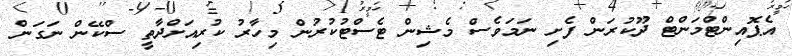
އެޕޮއިންޓްމަންޓް ދޫކުރަން ފެށި ނަމަވެސް މެޝިން ޓެސްޓުކުރުން މިހާރު ކުރިއަށްދާތީ ސްކޭން ނަގަން